Civil Veterinary Department. Central Provinces & Berar 1925-31 - 1925-1931
Year: 1925
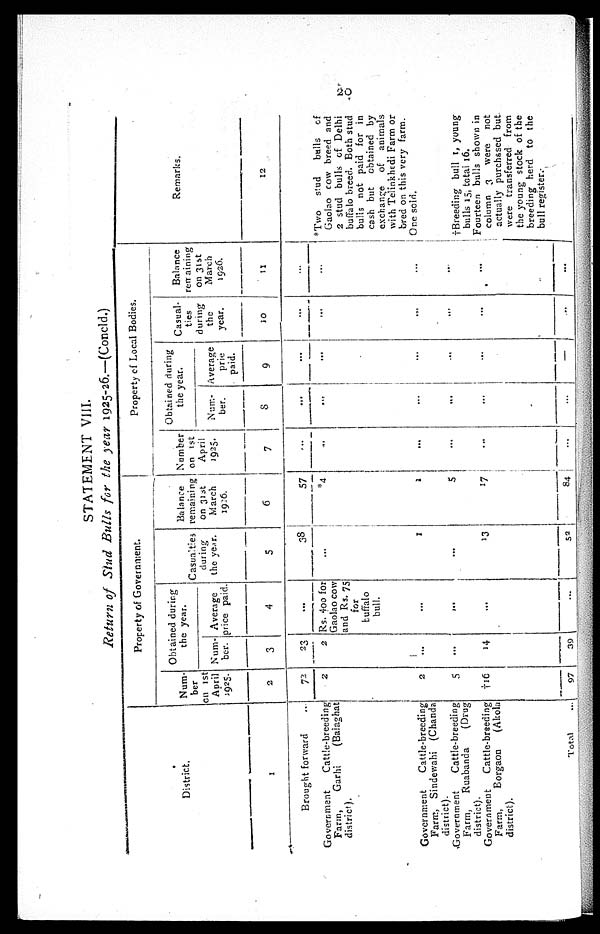
20
STATEMENT VIII.
Return of Stud Bulls for the year 1925-26.—(Concld.)
District.
1
Brought forward
Government
Cattle-breeding
Farm,
Garhi
(Balaghat
district).
Government
Cattle-breeding
Farm, Sindewahi (Chanda
district).
Government
Cattle-breeding
Farm, Ruabanda (Drug
district).
Government
Cattle-breeding
Farm,
Borgaon
(Akola
district).
Total ...
Property of Government.
Num-
ber
on
1st
April
1925.
2
72
2
2
5
†16
97
Obtained during
the year.
Num-
ber.
3
23
2
...
...
14
39
Average
price paid.
4
...
Rs. 400 for
Gaolao cow
and Rs. 75
for
buffalo
bull.
...
...
...
...
Casualties
during
the year.
5
38
...
1
...
13
52
Balance
remaining
on 31st
March
1926.
6
57
*4
1
5
17
84
Property of Local Bodies.
Number
on 1st
April
1925.
7
...
...
...
...
...
...
Obtained during
the year.
Num-
ber.
8
...
...
...
...
...
...
Average
prie
paid.
9
...
...
...
...
...
...
Casual-
ties
during
the
year.
10
...
...
...
...
...
...
Balance
remaining
on 31st
March
1926.
11
...
...
...
...
...
...
Remarks.
12
*Two
stud
bulls
of
Gaolao cow breed and
2 stud bulls of Delhi
buffalo breed. Both stud
bulls not paid for in
cash but
obtained by
exchange
of
animals
with Telinkhedi Farm or
bred on this very farm.
One sold.
†Breeding bull 1, young
bulls 15, total 16.
Fourteen bulls shown in
column 3
were
not
actually purchased but
were transferred
from
the young stock of the
breeding herd to the
bull register.